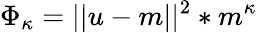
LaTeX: \Phi_{\kappa}=||u-m||^{2}*m^{\kappa}